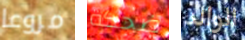
مروعا ضحكة الوالد